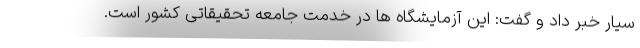
سیار خبر داد و گفت: این آزمایشگاه ها در خدمت جامعه تحقیقاتی کشور است.